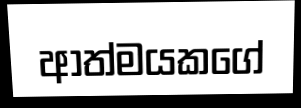
ආත්මයකගේ